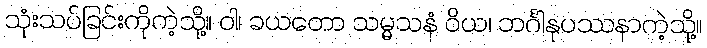
သုံးသပ်ခြင်းကိုကဲ့သို့။ ဝါ၊ ခယတော သမ္မသနံ ဝိယ၊ ဘင်္ဂါနုပဿနာကဲ့သို့။